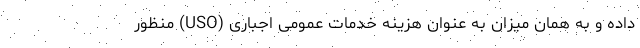
داده و به همان میزان به عنوان هزینه خدمات عمومی اجباری (USO) منظور